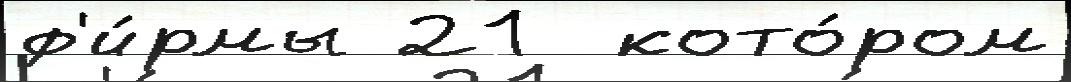
ф'и́рмы 21  кото́ром